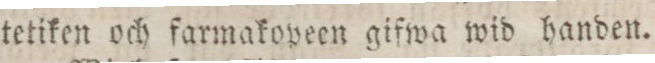
tetiken och farmakopeen gifwa wid handen.